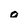
Character: o